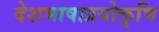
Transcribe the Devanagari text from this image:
देशभाषाप्रयोक्तृभि